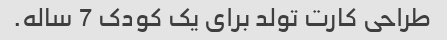
طراحی کارت تولد برای یک کودک 7 ساله.